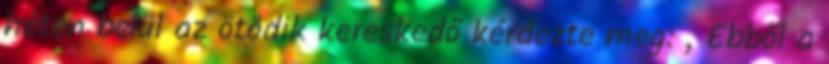
héten belül az ötödik kereskedő kérdezte meg: „Ebből a